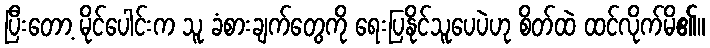
ပြီးတော့ မိုင်ပေါင်းက သူ ခံစားချက်တွေကို ရေးပြနိုင်သူပေပဲဟု စိတ်ထဲ ထင်လိုက်မိ၏။